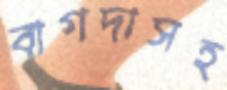
বাগদাসহ